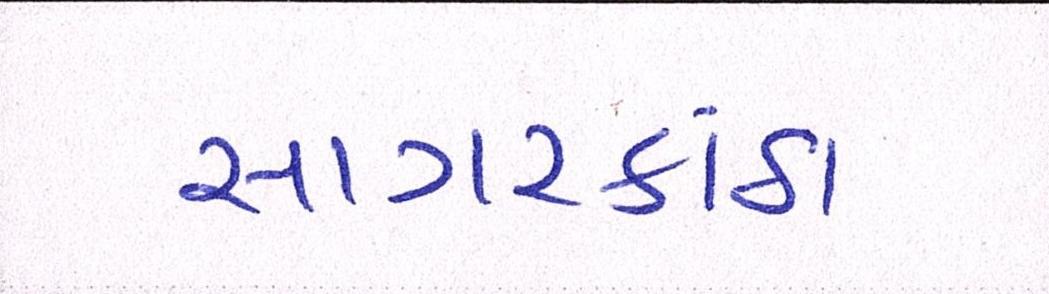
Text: સાગરકાંઠા